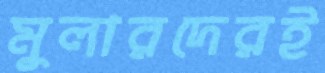
মুলারদেরই